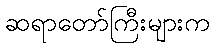
ဆရာတော်ကြီးများက